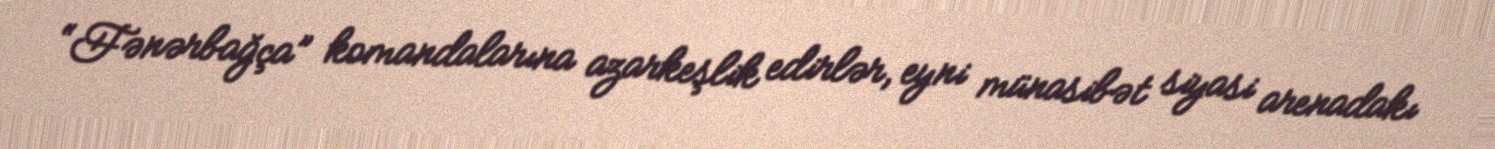
“Fənərbağça” komandalarına azarkeşlik edirlər, eyni münasibət siyasi arenadakı